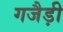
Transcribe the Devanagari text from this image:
गजैड़ी